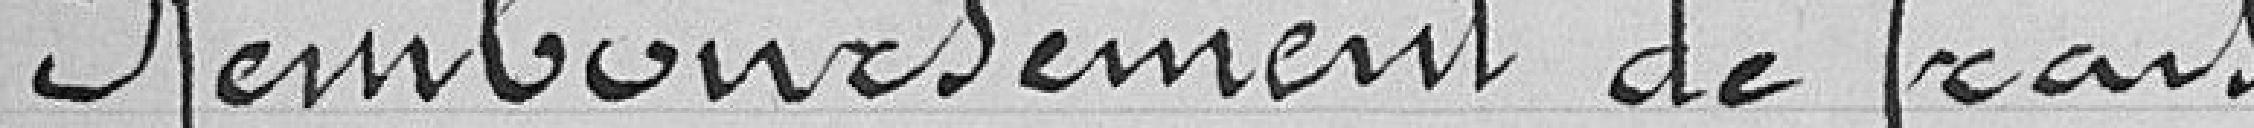
Remboursement de frais